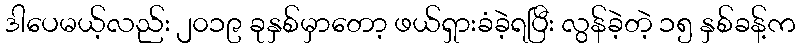
ဒါပေမယ့်လည်း ၂၀၁၉ ခုနှစ်မှာတော့ ဖယ်ရှားခံခဲ့ရပြီး လွန်ခဲ့တဲ့ ၁၅ နှစ်ခန့်က